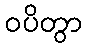
ဝပိတွာ